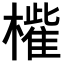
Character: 𣜁